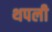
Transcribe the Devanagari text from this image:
थपली